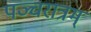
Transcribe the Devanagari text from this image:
पञ्चरात्रम्‌